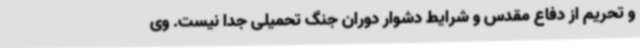
و تحریم از دفاع مقدس و شرایط دشوار دوران جنگ‌ تحمیلی جدا نیست. وی